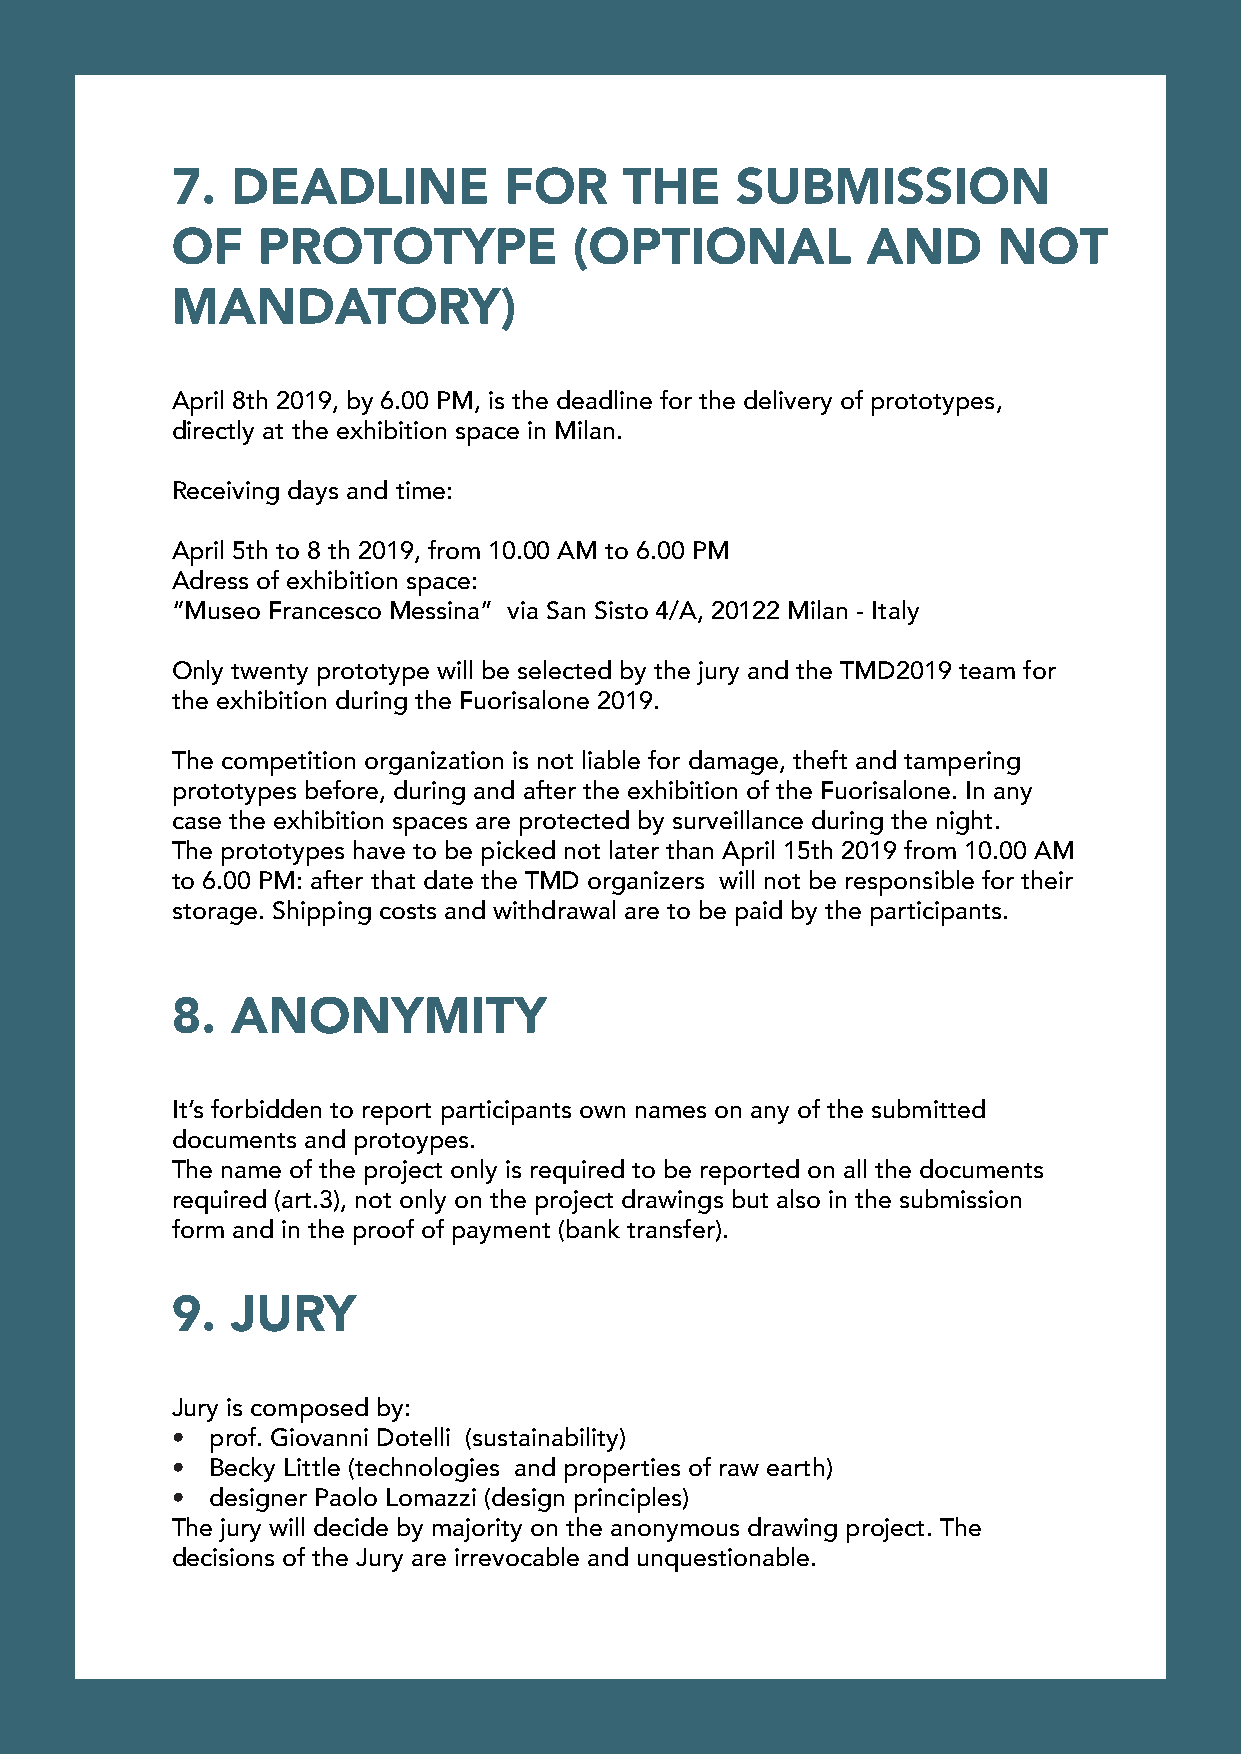
7.  DEADLINE          FOR     THE     SUBMISSION
 OF    PROTOTYPE            (OPTIONAL          AND      NOT
 MANDATORY)
 April 8th 2019, by 6.00 PM, is the deadline for the delivery of prototypes,
 directly at the exhibition space in Milan.
 Receiving days and time:
 April 5th to 8 th 2019, from 10.00 AM to 6.00 PM
 Adress of exhibition space:
 “Museo Francesco Messina” via San Sisto 4/A, 20122 Milan - Italy
 Only twenty prototype will be selected by the jury and the TMD2019 team for
 the exhibition during the Fuorisalone 2019.
 The competition organization is not liable for damage, theft and tampering
 prototypes before, during and after the exhibition of the Fuorisalone. In any
 case the exhibition spaces are protected by surveillance during the night.
 The prototypes have to be picked not later than April 15th 2019 from 10.00 AM
 to 6.00 PM: after that date the TMD organizers will not be responsible for their
 storage. Shipping costs and withdrawal are to be paid by the participants.
 8.  ANONYMITY
 It’s forbidden to report participants own names on any of the submitted
 documents and protoypes.
 The name of the project only is required to be reported on all the documents
 required (art.3), not only on the project drawings but also in the submission
 form and in the proof of payment (bank transfer).
 9.  JURY
 Jury is composed by:
 •  prof. Giovanni Dotelli (sustainability)
 •  Becky Little (technologies and properties of raw earth)
 •  designer Paolo Lomazzi (design principles)
 The jury will decide by majority on the anonymous drawing project. The
 decisions of the Jury are irrevocable and unquestionable.